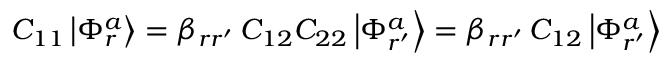
C _ { 1 1 } \left| \Phi _ { r } ^ { a } \right> = \beta _ { r r ^ { \prime } } \, C _ { 1 2 } C _ { 2 2 } \left| \Phi _ { r ^ { \prime } } ^ { a } \right> = \beta _ { r r ^ { \prime } } \, C _ { 1 2 } \left| \Phi _ { r ^ { \prime } } ^ { a } \right>